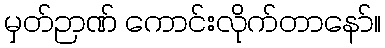
မှတ်ဉာဏ် ကောင်းလိုက်တာနော်။